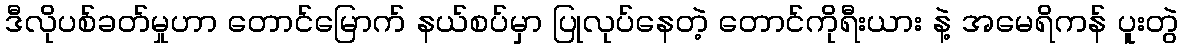
ဒီလိုပစ်ခတ်မှုဟာ တောင်မြောက် နယ်စပ်မှာ ပြုလုပ်နေတဲ့ တောင်ကိုရီးယား နဲ့ အမေရိကန် ပူးတွဲ